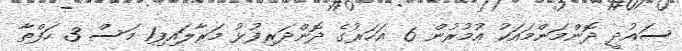
ސައުދީ ދޮންމަންމައަކު އުމުރުން 6 އަހަރުގެ ދޮންދަރިފުޅު މަރާލައިފި1 މަސް 3 ހަފްތާ